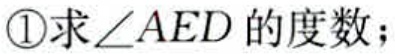
\textcircled{1}求\(\angle AED\)的度数；